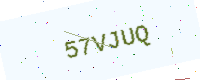
Text: 57VJUQ